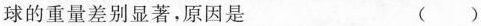
球的重量差别显著，原因是 ( )